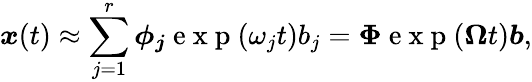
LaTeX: \boldsymbol{x}(t)\approx\sum_{j=1}^{r}\boldsymbol{\phi_{j}}\mathrm{~e~x~p~}(\omega_{j}t)b_{j}=\boldsymbol{\Phi}\mathrm{~e~x~p~}(\boldsymbol{\Omega}t)\boldsymbol{b},